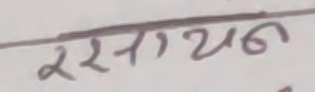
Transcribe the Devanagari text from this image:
रसायन